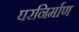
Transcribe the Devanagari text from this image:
घरनिर्माण